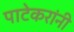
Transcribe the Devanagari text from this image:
पाटेकरांनी